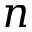
n